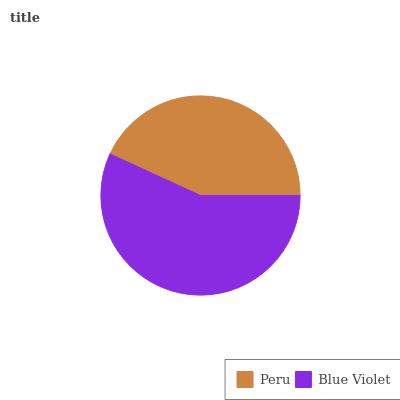
| Peru | Blue Violet |
 | --- | --- |
 | 43.2% | 56.8% |